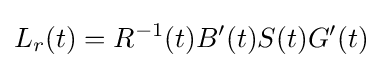
L_{r}(t)=R^{-1}(t)B'(t)S(t)G'(t)